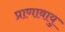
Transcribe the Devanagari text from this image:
प्राणावायु